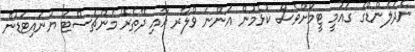
ނެދަލެންޑްގެ ގައުމީ ޓީމަށްވެސް ކުޅެމުން އަންނަ ވްލާރ އާއި ދޭތެރޭ މެންޗެސްޓަ ޔުނައިޓަޑުން